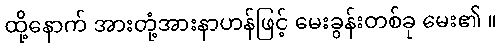
ထို့နောက် အားတုံ့အားနာဟန်ဖြင့် မေးခွန်းတစ်ခု မေး၏ ။